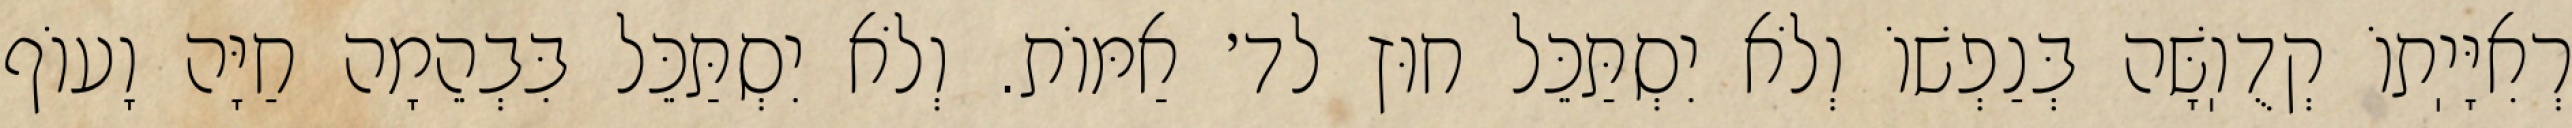
רְאִיָּיֽתוֹ קְדֻוֽשָּׁה בְּנַפְשׁוֹ וְלֹא יִסְתַּכֵּל חוּץ לד׳ אַמּוֹת. וְלֹא יִסְתַּכֵּל בִּבְהֵמָה חַיָּה וָעוֹף